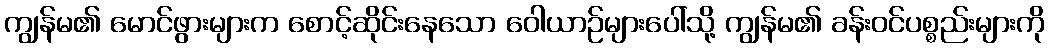
ကျွန်မ၏ မောင်ဖွားများက စောင့်ဆိုင်းနေသော ဝေါယာဉ်များပေါ်သို့ ကျွန်မ၏ ခန်းဝင်ပစ္စည်းများကို